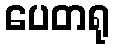
ပေတရု